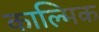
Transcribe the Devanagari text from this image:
काल्मिक